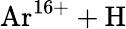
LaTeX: \mathrm{Ar^{16+}+H}